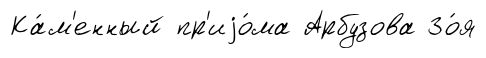
Ка́м'енный пр'иjо́ма Арбузова Зо́я